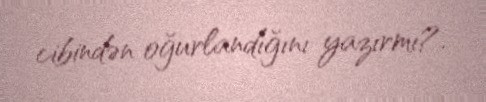
cibindən oğurlandığını yazırmı?.